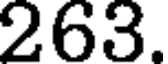
263.